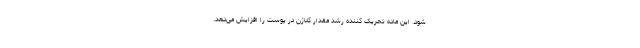
شود. این ماده تحریک کننده رشد مقدار کلاژن در پوست را افزایش می‌دهد.